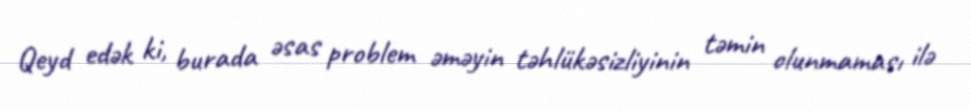
Qeyd edək ki, burada əsas problem əməyin təhlükəsizliyinin təmin olunmaması ilə